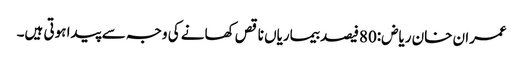
عمران خان ریاض:80فیصد بیماریاں ناقص کھانے کی وجہ سے پیدا ہوتی ہیں۔